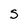
Character: S